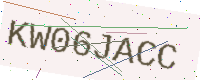
Text: KW06JACC